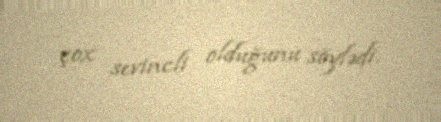
çox sevincli olduğunu söylədi.